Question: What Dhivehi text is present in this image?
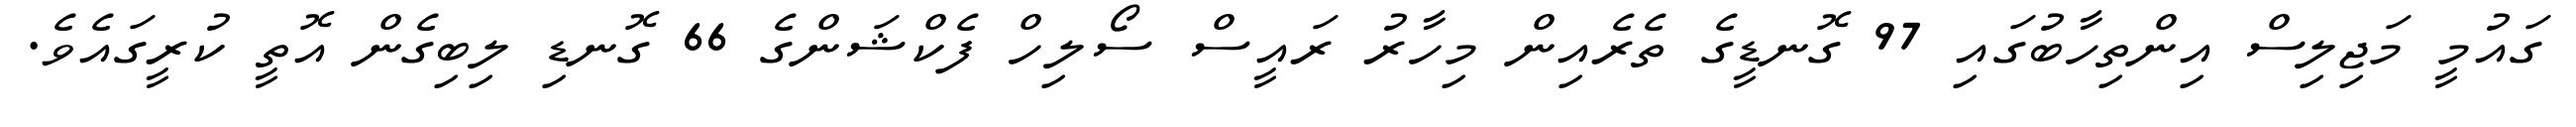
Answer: ގައުމީ މަޖިލިސް އިންތިހާބުގައި 97 ގޮނޑީގެ ތެރެއިން މިހާރު ރައީސް ސޯލިހް ފެކްޝަންގެ 66 ގޮނޑި ލިބިގެން އޮތީ ކުރީގައެވެ.